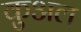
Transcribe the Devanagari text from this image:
कुअल